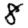
Digit: 8